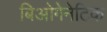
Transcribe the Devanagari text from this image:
बिओगेनेटिक